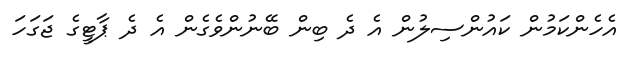
އެހެންކަމުން ކައުންސިލުން އެ ދެ ބިން ބޭނުންވެގެން އެ ދެ ޕާޓީގެ ޖަގަހަ